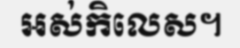
អស់កិលេស។